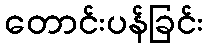
တောင်းပန်ခြင်း